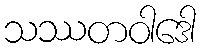
သဿတဝါဒေါ